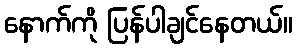
နောက်ကို ပြန်ပါချင်နေတယ်။